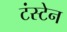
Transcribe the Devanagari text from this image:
टंस्टेन